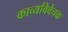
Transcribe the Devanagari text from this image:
काव्यविवेचक